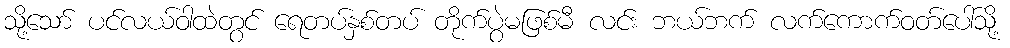
သို့သော် ပင်လယ်ဝါထဲတွင် ရေတပ်နှစ်တပ် တိုက်ပွဲမဖြစ်မီ လင်း ဘယ်ဘက် လက်ကောက်ဝတ်ပေါ်သို့